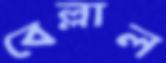
বেল্লাল